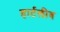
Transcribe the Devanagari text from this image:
हार्टलीब